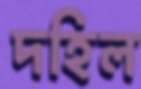
দহিল